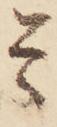
是